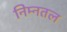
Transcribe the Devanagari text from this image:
निम्नतल